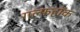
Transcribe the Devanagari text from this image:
गल्फहॉक